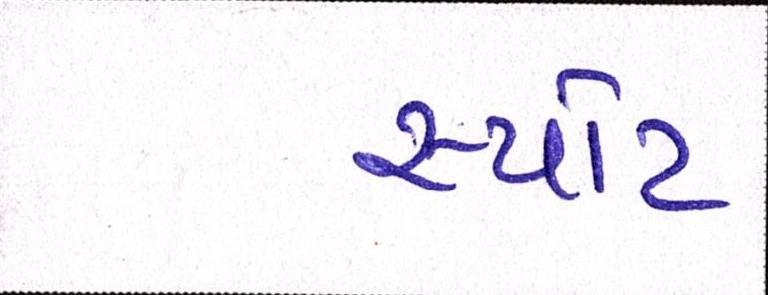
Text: સ્પોટ